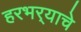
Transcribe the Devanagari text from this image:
हरभर्‍याचे